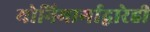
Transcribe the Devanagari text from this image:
योनिमार्गाद्वारेही